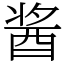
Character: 酱